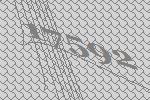
17592